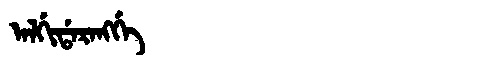
Manchu: ᠠᠯᡤᡳᡩᠠᡵᠠᠩᡤᡝ
Romanization: ALGIDARANGGE